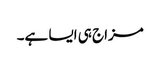
مزاج ہی ایسا ہے۔